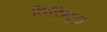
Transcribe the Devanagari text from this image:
विसिट्स